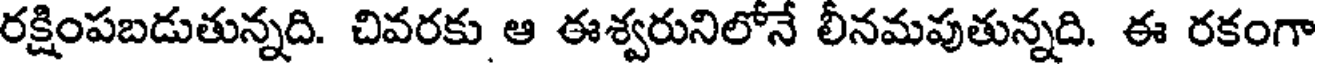
రక్షింపబడుతున్నది. చివరకు ఆ ఈశ్వరునిలోనే లీనమపుతున్నది. ఈ రకంగా